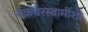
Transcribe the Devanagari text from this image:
चक्रधरस्वामींशी